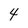
Character: 4